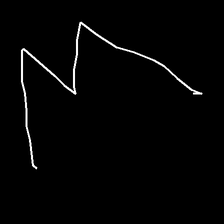
Glyph: crush